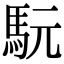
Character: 𩢄